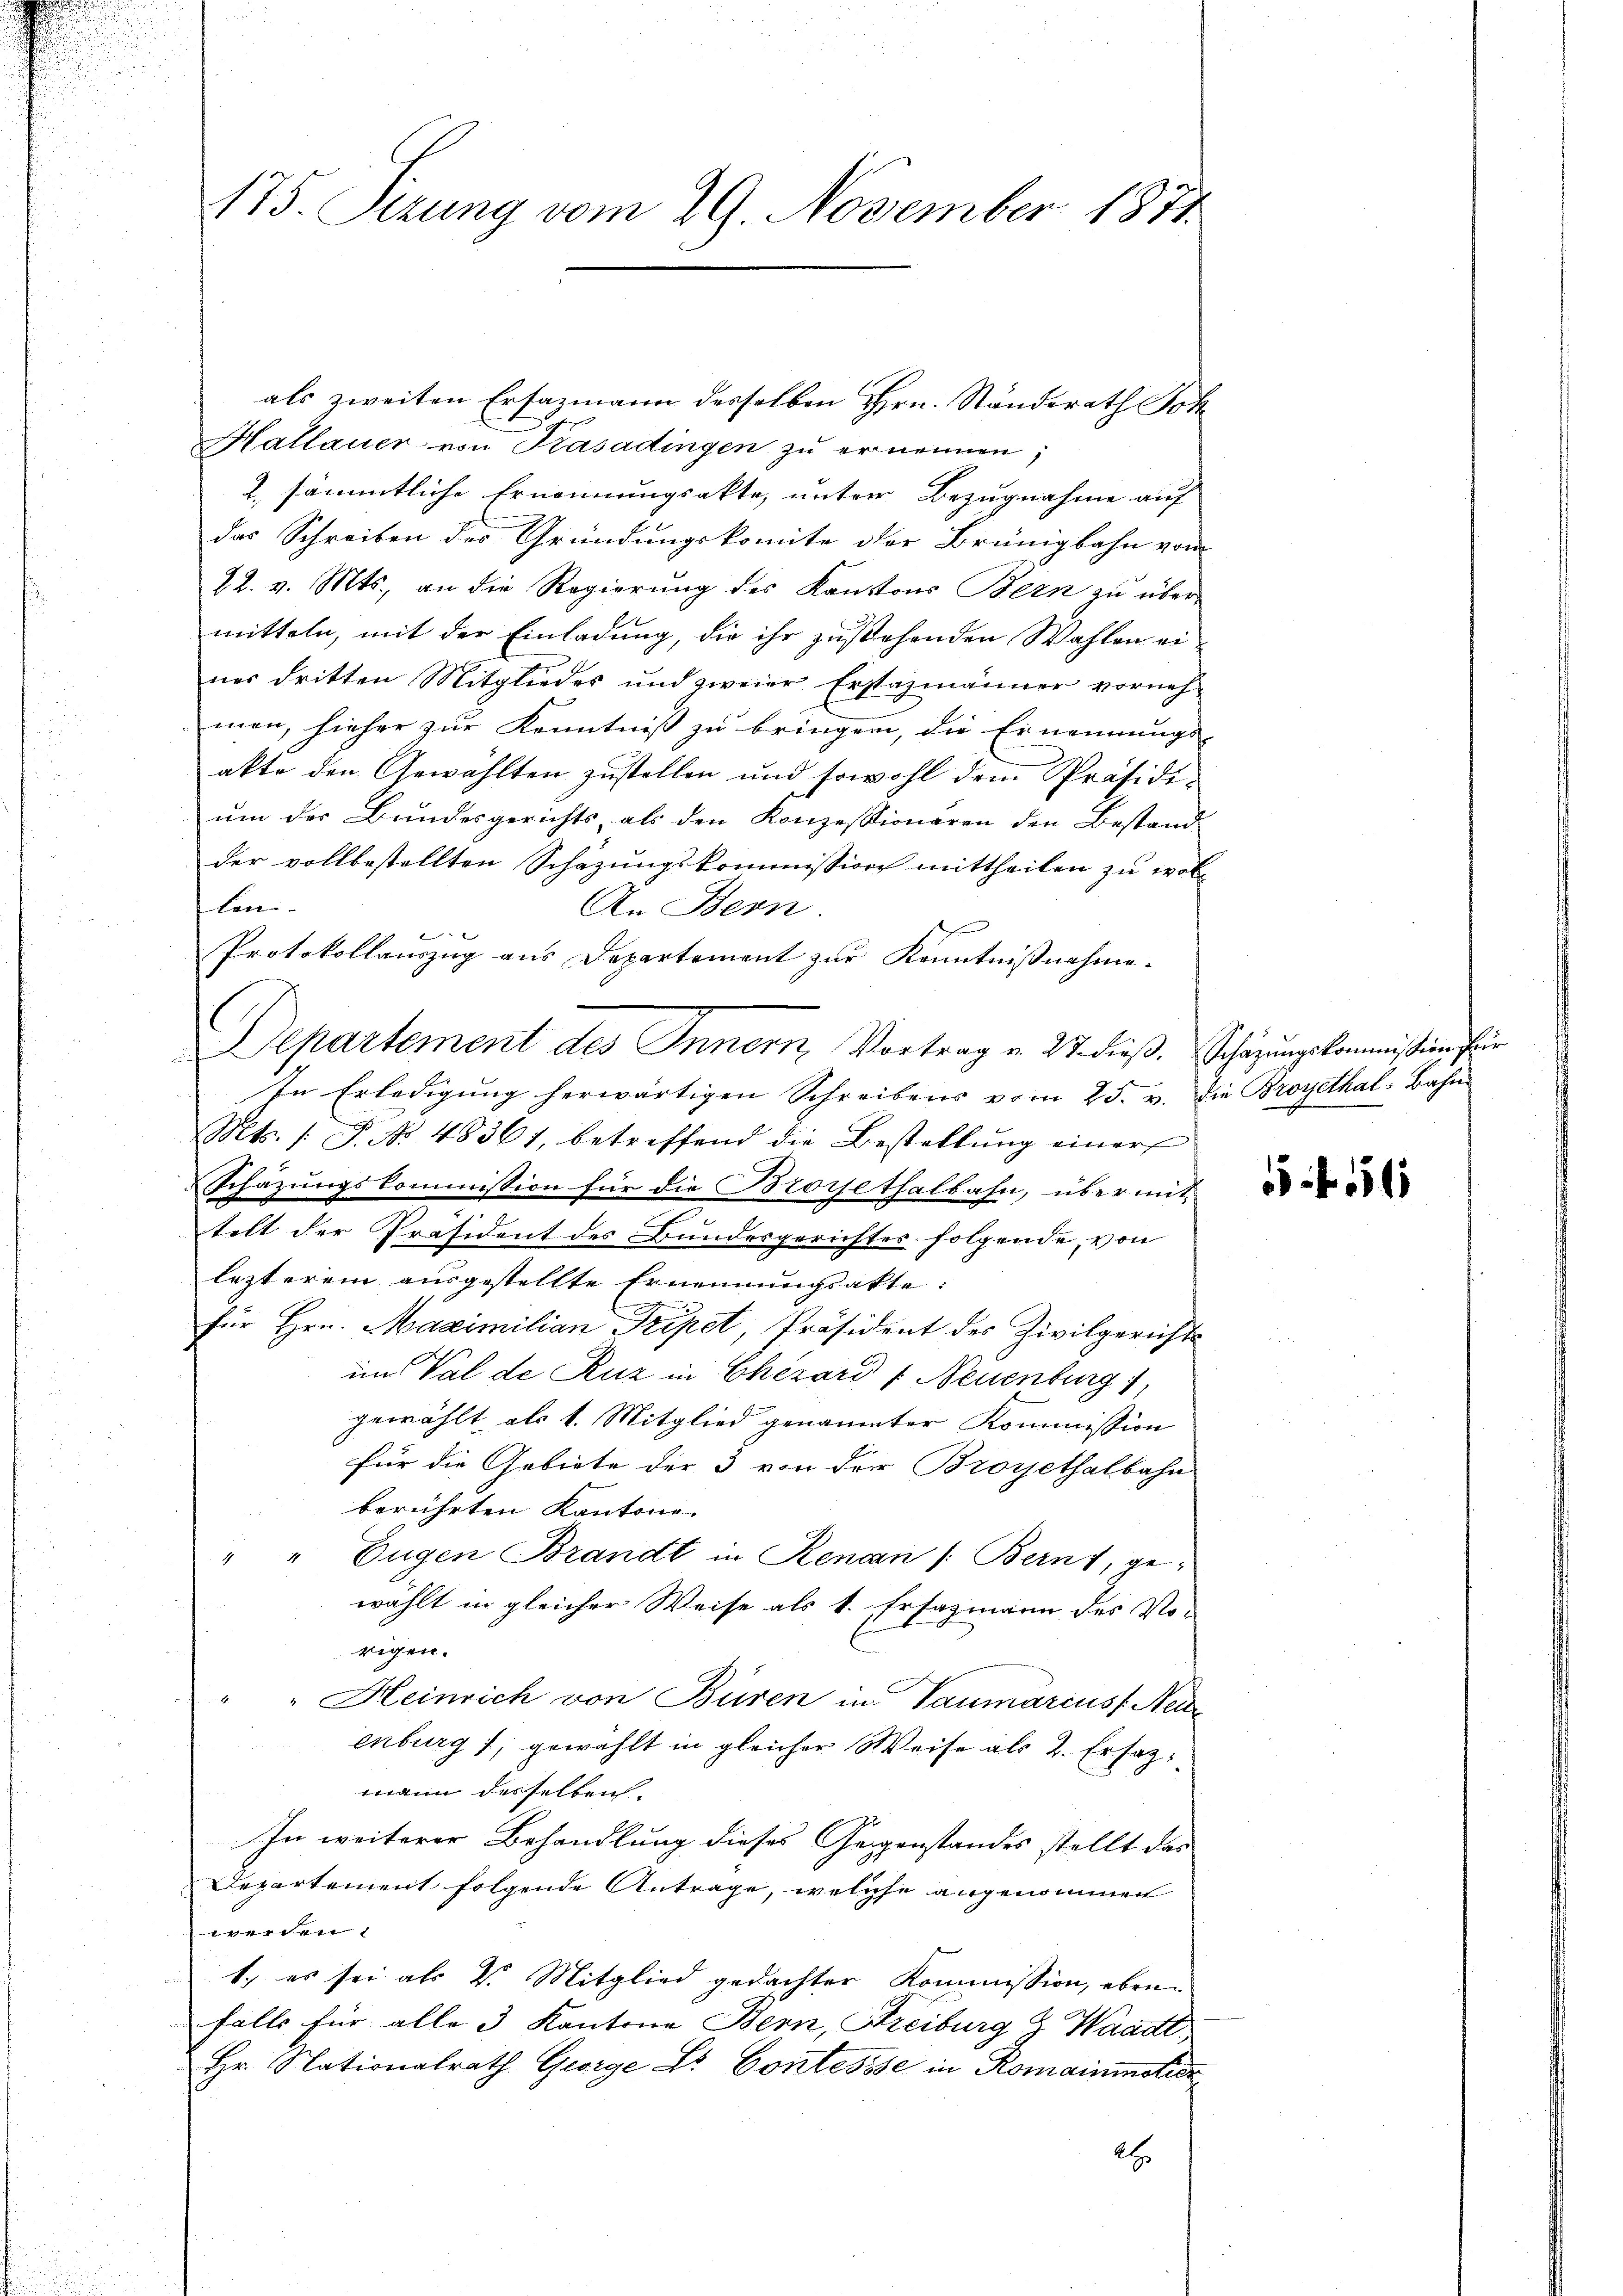
175. Sizung vom 29. November 1871.

als zweiten Ersazmann desselben Hrn. Ständerath Joh
 8
Hallauer von Kasadingen zu ernennen;
2. sämmtliche Ernennungsakte, unter Bezugnahme auf
das Schreiben der Gründungskomite der Brünigbahn von
22. v. Mts., an die Regierung des Kantons Bern zu über-
mitteln, mit der Einladung, die ihr zustehenden Wahlen einer dritten Mitgliedes und zweier Erstazmänner vornehmen, hieher zur Kenntniß zu bringen, die Ernennungs-
akte den Gewählten zustellen und sowohl dem Präsidium der Bundesgerichts, als den Konzessionaren den Bestand
der vollbestellten Schazungskommission mittheilen zu wollan-
An Bern.
Protokollauszug aus Departement zur Kenntnißnahme.
In Erledigung herwärtigen Schreibens vom 25. v. die Broyethal-Bahn
Mts. (: P. No. 48361, betreffend die Bestellung einer
Schäzungskommission für die Brorsethalbahn, über mit
telt der Präsident des Bundesgerichtes folgende, von
lezterem ausgestellte Ernennungsakte:
für Hrn. Maximilian Fripet, Präsident des Zivilgerichts
im Val de Ruz in Chezard & Neuenburg),
gewählt als 1. Mitglied genannter Kommission
für die Gebiete der 3 von der Broyethalbahn
berührten Kantone.
" " Eugen Brandt in Renan /: Bernt, gewählt in gleicher Weise als 1. Ersazmann des Vo-
rigen.
" Heinrich von Büren in Baumarcus Neue
enburg 1, gewählt in gleicher Weise als 2. Ersatz:
mann desselben.
In weiterer Behandlung dieses Gegenstandes stellt das
Departement folgende Antrage, welche angenommen
14
1., es sei als Dr. Mitglied gedachter Kommission, ebenfalls für alle 3 Kantone Bern, Streiburg z. Waadt
Hr. Nationalrath George Dr. Contesise in Romainistier
2

Departement des Innern Vortrag v. 27. dieβ.  Schäzungskommission für

5